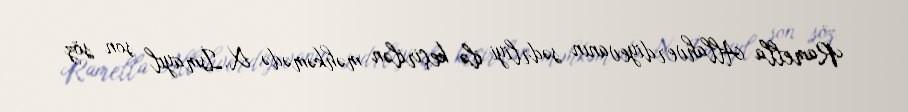
Ramella Allahverdiyevanın sədrliyi ilə keçirilən məhkəmədə X.İsmayıl son söz